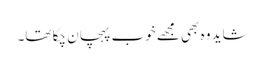
شاید وہ بھی مجھے خوب پہچان چکا تھا۔